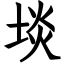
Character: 埮